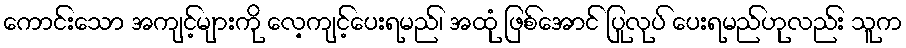
ကောင်းသော အကျင့်များကို လေ့ကျင့်ပေးရမည်၊ အထုံ ဖြစ်အောင် ပြုလုပ် ပေးရမည်ဟုလည်း သူက